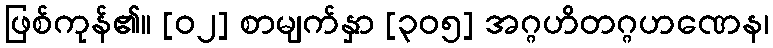
ဖြစ်ကုန်၏။ [၀၂] စာမျက်နှာ [၃၀၅] အဂ္ဂဟိတဂ္ဂဟဏေန၊